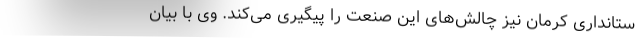
ستانداری کرمان نیز چالش‌های این صنعت را پیگیری می‌کند. وی با بیان